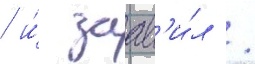
/ и́ заав'и́л /